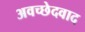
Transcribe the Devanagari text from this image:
अवच्छेदवाद